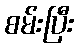
စမ်းပြီး